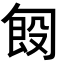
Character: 匓